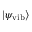
| \psi _ { \mathrm { v i b } } \rangle